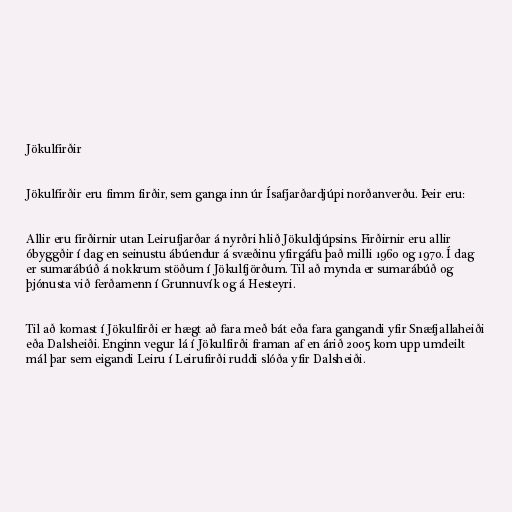
Jökulfirðir

Jökulfirðir eru fimm firðir, sem ganga inn úr Ísafjarðardjúpi norðanverðu. Þeir eru:

Allir eru firðirnir utan Leirufjarðar á nyrðri hlið Jökuldjúpsins. Firðirnir eru allir
óbyggðir í dag en seinustu ábúendur á svæðinu yfirgáfu það milli 1960 og 1970. Í dag
er sumarábúð á nokkrum stöðum í Jökulfjörðum. Til að mynda er sumarábúð og
þjónusta við ferðamenn í Grunnuvík og á Hesteyri.

Til að komast í Jökulfirði er hægt að fara með bát eða fara gangandi yfir Snæfjallaheiði
eða Dalsheiði. Enginn vegur lá í Jökulfirði framan af en árið 2005 kom upp umdeilt
mál þar sem eigandi Leiru í Leirufirði ruddi slóða yfir Dalsheiði.